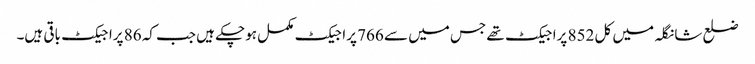
ضلع شانگلہ میں کل 852 پراجیکٹ تھے جس میں سے 766 پراجیکٹ مکمل ہوچکے ہیں جب کہ 86 پراجیکٹ باقی ہیں۔